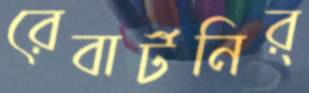
রেবার্টনির্